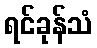
ရင်ခုန်သံ